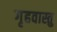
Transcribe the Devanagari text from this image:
गृहवास्तु